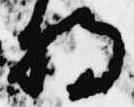
将